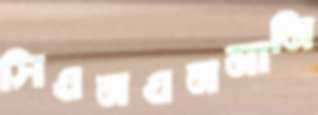
সিএনএনমানি